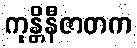
ကုန္တိနီဇာတက